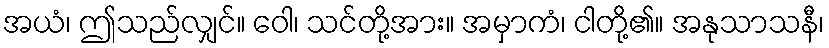
အယံ၊ ဤသည်လျှင်။ ဝေါ၊ သင်တို့အား။ အမှာကံ၊ ငါတို့၏။ အနုသာသနီ၊